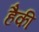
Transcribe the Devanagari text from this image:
हैकी